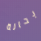
بحالة